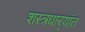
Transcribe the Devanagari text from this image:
शस्त्रधार्‍यांत